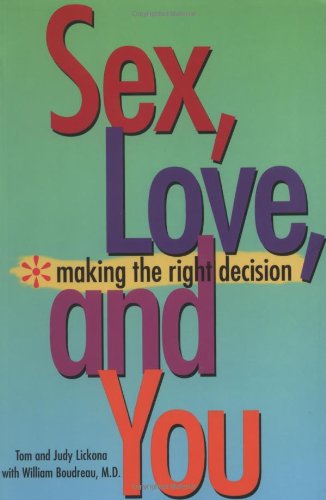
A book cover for Sex, Love and You: Making the Right Decision; Thomas Lickona; Teen & Young Adult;